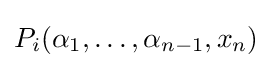
P_{i}(\alpha _{1},\ldots ,\alpha _{n-1},x_{n})